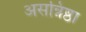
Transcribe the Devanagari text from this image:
असन्निष्ठा